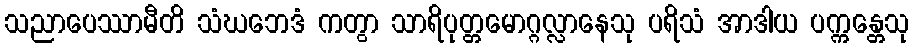
သညာပေဿာမီတိ သံဃဘေဒံ ကတွာ သာရိပုတ္တမောဂ္ဂလ္လာနေသု ပရိသံ အာဒါယ ပက္ကန္တေသု